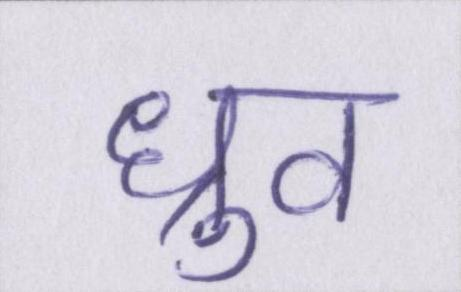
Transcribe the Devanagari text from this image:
ध्रुव